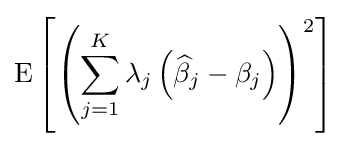
\operatorname {E} \left[\left(\sum _{j=1}^{K}\lambda _{j}\left({\widehat {\beta }}_{j}-\beta _{j}\right)\right)^{2}\right]